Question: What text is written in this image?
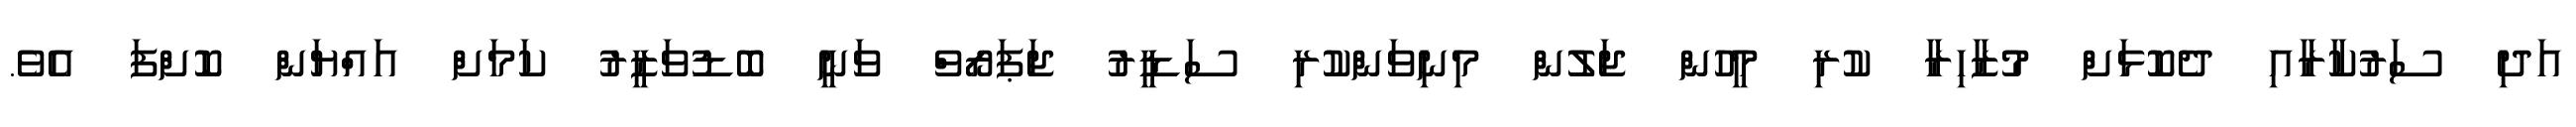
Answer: އަދި ސަރުކާރާއި ދެކޮޅަށް މުޒާހިރާ ކުރި މީހުން ޖަލުން މިނިވަންކުރި ސަޑީރު ޖަޕަރޯވް ވަނީ ބޮޑުވަޒީރު ކަމަށް އައްޔަން ކޮށްފަ އެވެ.